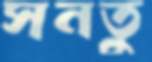
সনতু